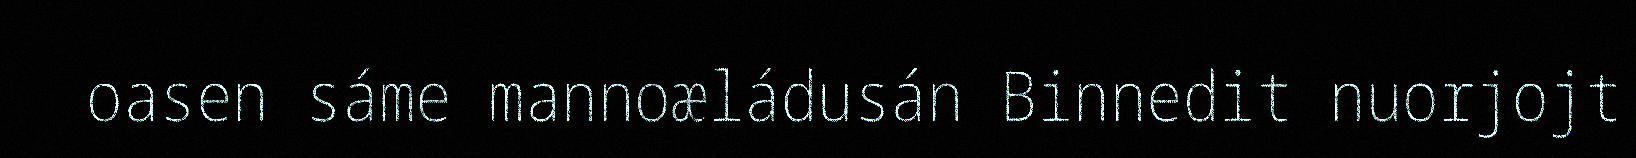
oasen sáme mannoæládusán Binnedit nuorjojt